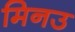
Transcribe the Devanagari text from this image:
मिनउ